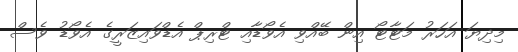
މިދިޔަ އަހަރު މަޓާޓޯ އިން ބޭއްވި އެވޯޑާއި ޓްރިޕް އެޑްވައިޒަރީގެ އެވޯޑު ވެސް